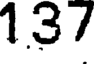
137